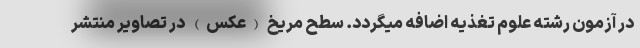
در آزمون رشته علوم تغذیه اضافه میگردد. سطحِ مریخ (عکس) در تصاویر منتشر